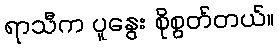
ရာသီက ပူနွေး စိုစွတ်တယ်။